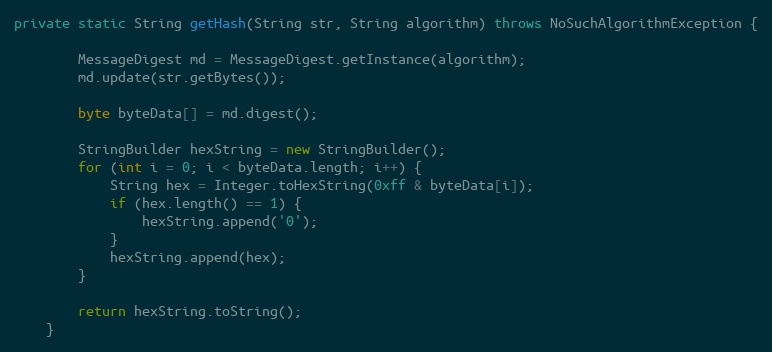
Language: Java
private static String getHash(String str, String algorithm) throws NoSuchAlgorithmException {

        MessageDigest md = MessageDigest.getInstance(algorithm);
        md.update(str.getBytes());

        byte byteData[] = md.digest();

        StringBuilder hexString = new StringBuilder();
        for (int i = 0; i < byteData.length; i++) {
            String hex = Integer.toHexString(0xff & byteData[i]);
            if (hex.length() == 1) {
                hexString.append('0');
            }
            hexString.append(hex);
        }

        return hexString.toString();
    }